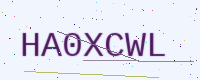
Text: HA0XCWL